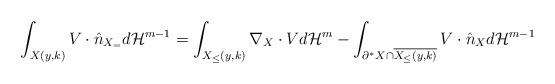
LaTeX: \begin{align*}\int_{X(y,k)} V \cdot \hat n_{X_=} d{\mathcal H}^{m-1} = \int_{X_\le(y,k)} \nabla_X \cdot V d{\mathcal H}^m - \int_{\partial^* X \cap \overline{X_\le(y,k)}} V \cdot \hat n_X d{\mathcal H}^{m-1}\end{align*}